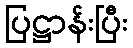
ပြဋ္ဌာန်းပြီး